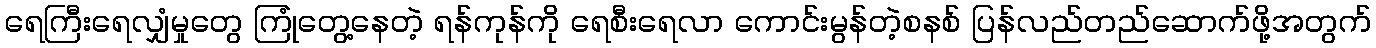
ရေကြီးရေလျှံမှုတွေ ကြုံတွေ့နေတဲ့ ရန်ကုန်ကို ရေစီးရေလာ ကောင်းမွန်တဲ့စနစ် ပြန်လည်တည်ဆောက်ဖို့အတွက်